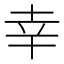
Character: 幸